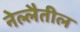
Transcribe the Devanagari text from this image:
नेल्लैतील